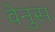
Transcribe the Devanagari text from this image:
वेनुस